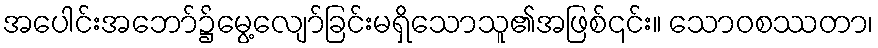
အပေါင်းအဘော်၌မွေ့လျော်ခြင်းမရှိသောသူ၏အဖြစ်၎င်း။ သောဝစဿတာ၊